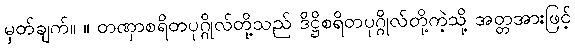
မှတ်ချက်။ ။ တဏှာစရိတပုဂ္ဂိုလ်တို့သည် ဒိဋ္ဌိစရိတပုဂ္ဂိုလ်တို့ကဲ့သို့ အတ္တအားဖြင့်